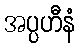
အပ္ပဟီနံ